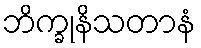
ဘိက္ခုနိသတာနံ